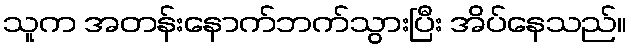
သူက အတန်းနောက်ဘက်သွားပြီး အိပ်နေသည်။